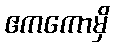
ဧကကောမှိ